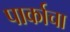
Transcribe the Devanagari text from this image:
पार्काचा